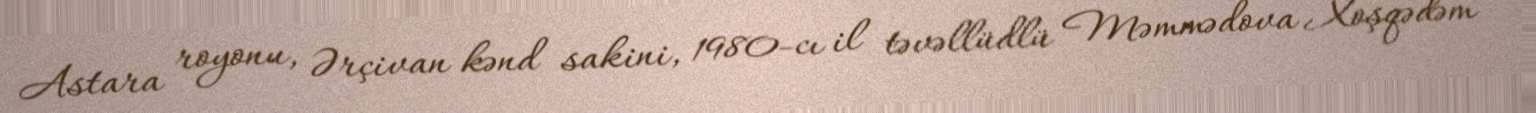
Astara royonu, Ərçivan kənd sakini, 1980-cı il təvəllüdlü Məmmədova Xoşqədəm